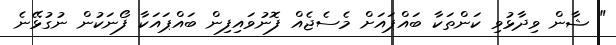
" ޝާން ވިދާޅުވި ކަންތަކާ ބައްޕައަށް މެސެޖެއް ފޮނުވައިފިން ބައްޕައަކާ ފޯނަކުން ނުގުޅޭނެ